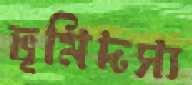
ভূমিদস্য